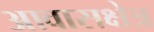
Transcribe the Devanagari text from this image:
आवासक्षेत्र